Report of the Indian Hemp Drugs Commission, 1894-1895 - Volume VII
Year: 1894
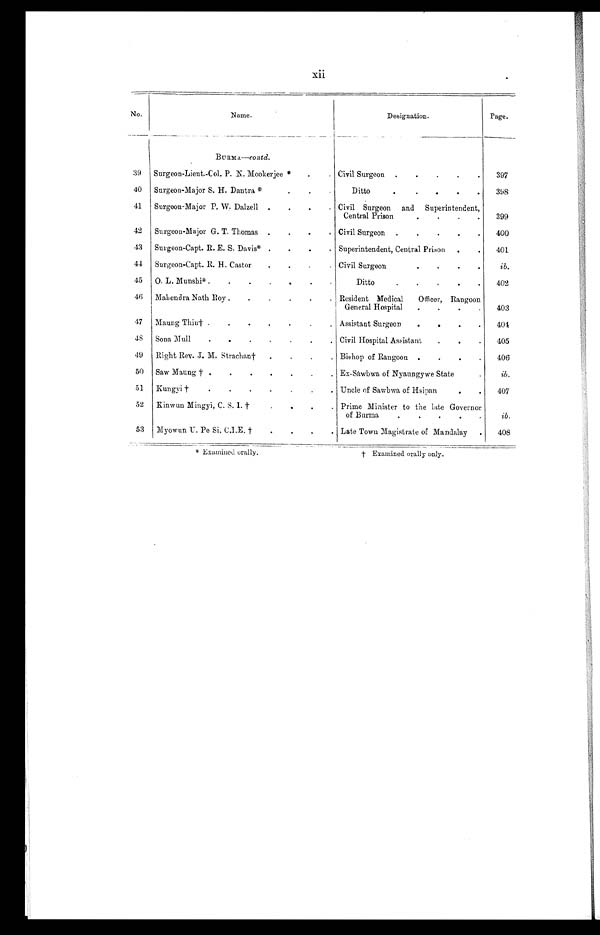
—
xii
No.
Name.
Designation.
—
Page.
BURMA— c o
n t d .
39 Surgeon-Lieut.-Col. P. N. Mookerjee *
Civil Surgeon. 397
40 Surgeon-Major S. H. Dantra *
Ditto
398
41 Surgeon-Major P. W. Dalzell
Surgeon and Superintendent,
Central Prison
399
42 Surgeon-Major G. T. Thomas
Civil Surgeon
400
43 Surgeon-Capt. R. E. S. Davis*
Superintendent, Central Prison
401
44 Surgeon-Capt. R. H. Castor
Civil Surgeon
ib.
45 0. L. Munshi*
Ditto
402
46 Mahendra Nath Roy
Resident Medical Officer, Rangoon
General Hospital
403
47 Maung Thin†
Assistant Surgeon
4 0 4
48 Sona Mull
Civil Hospital Assistant 405
49 Right Rev. J. M. Strachan†
Bishop of Rangoon
406
50 Saw Maung†
Ex-Sámbwa of Nyaungywe State ib.
51 Kungyi†
Uncle of Sawbwa of Hsipan
407
52 Kinwun Mingyi, C. S. I. † .
. . Prime Minister to the late Governor of Burma
53 Myowun U. Pe Si, C.I.E. †
I Late Town Magistrate of Mandalay
ib,
408
* E x a m i n e d o r a l l y .
† Examined orally only.